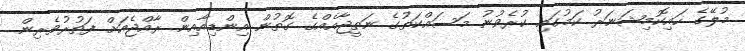
މުލޭގެ ހައިކޮމިޝަނަރު ކަމުގައި ކުރެވުނު މަސައްކަތުގެ ނަތީޖާއެއްގެ ގޮތުން އިންޑިއާއިން ރާއްޖެއަށް ފަތުރުވެރިން